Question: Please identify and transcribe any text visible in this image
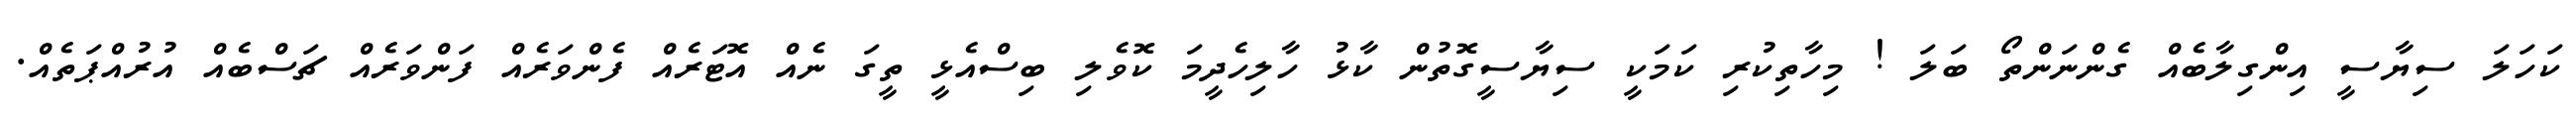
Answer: ކަހަލަ ސިޔާސީ އިންގިލާބެއް ގެންނަންތޯ ބަލަ ! މިހާތިކުރި ކަމަކީ ސިޔާސީގޮތުން ކާޅު ހާލިހެދީމަ ކޮވެލި ބިސްއެޅީ ތީގަ ނެއް އޮޓަރެއް ފެންވަރެއް ފަންވަރެއް ޗަސްބެއް އުރުއްޕަތެއް.